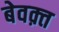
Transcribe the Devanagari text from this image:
बेवक़्त